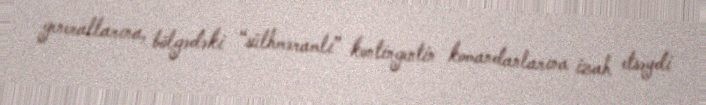
generallarına, bölgədəki “sülhməramlı” kontingentin komandanlarına izah etsəydi